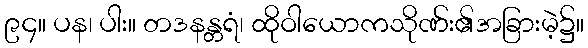
၉၄။ ပန၊ ပါး။ တဒနန္တရံ၊ ထိုဝါယောကသိုဏ်း၏အခြားမဲ့၌။